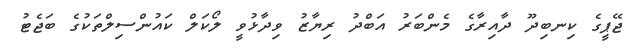
ޖޭޕީގެ ކިނބިދޫ ދާއިރާގެ މެންބަރު އަބްދު ރިޔާޒު ވިދާޅުވީ ލޯކަލް ކައުންސިލްތަކުގެ ބަޖެޓު